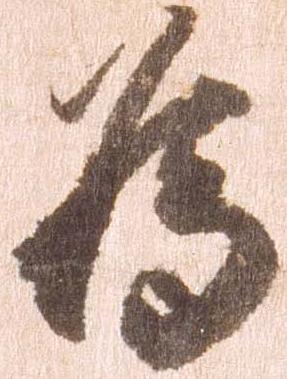
為